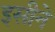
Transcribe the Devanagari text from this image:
इसीने